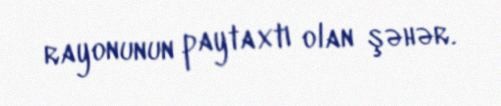
rayonunun paytaxtı olan şəhər.